Leaving Certificate Examination (including Day School Certificate (Higher) General paper), 1932
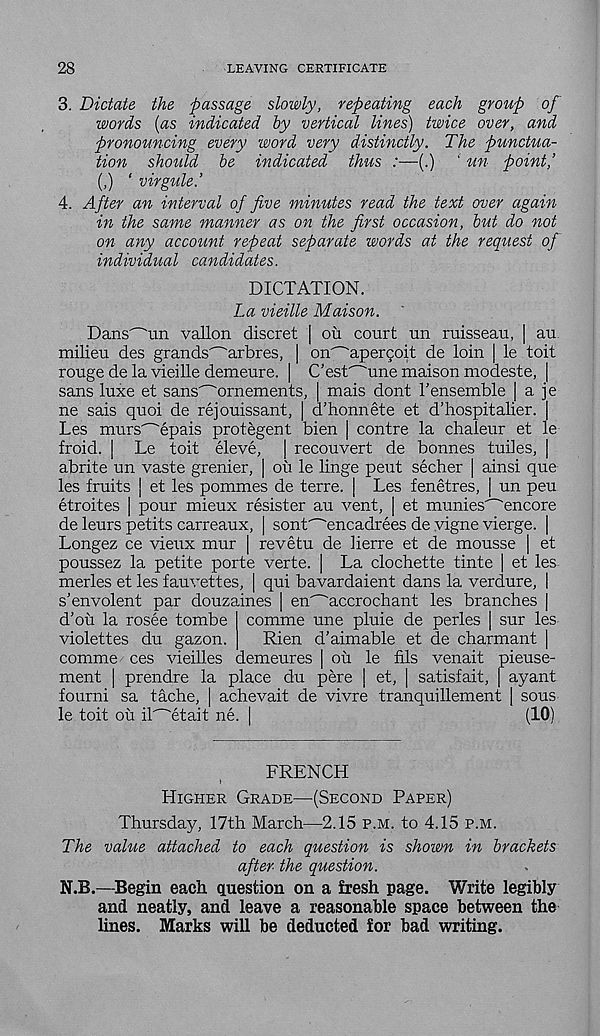
28
LEAVING CERTIFICATE
3. Dictate the passage slowly, repeating each group of
words (as indicated by vertical lines) twice over, and
pronouncing every word very distinctly.
The punctua-
tion
should
be
indicated
thus :—(.) ' un point,’
(,) ‘ virgule.’
4. After an interval of five minutes read the text over again
in the same manner as on the first occasion, but do not
on any account repeat separate words at the request of
individual candidates.
DICTATION.
La vieille Maison.
Dans^un vallon discret | ou court un ruisseau, | au
milieu des grands^arbres, | on^ape^oit de loin | le toil
rouge de la vieille demeure. | Cest'~'une maison modeste, |
sans luxe et sans'~'ornements, | mais dont I’ensemble | a je
ne sais quoi de rejouissant, | d’honnete et d’hospitalier. |
Les murs^epais protegent bien | contre la chaleur et le
froid. | Le toit eleve, | recouvert de bonnes tuiles, |
abrite un vaste grenier, | oil le linge pent secher | ainsi que
les fruits | et les pommes de terre. | Les fenetres, | un peu
etroites | pour mieux resister au vent, [ et munies'~'encore
de leurs petits carreaux, | sont'~'encadrees de vigne vierge. |
Longez ce vieux mur | revetu de lierre et de mousse | et
poussez la petite porte verte. | La clochette tinte | et les
merles et les fauvettes, | qui bavardaient dans la verdure, |
s’envolent par douzaines | en'^'accrochant les branches |
d’ou la rosee tombe comme une pluie de perles [ sur les
violettes du gazon.
Rien d’aimable et de charmant |
comme ces vieilles demeures | oil le fils venait pieuse-
ment | prendre la place du pere | et, | satisfa.it, | ayant
fourni sa tache, | achevait de vivre tranquillement j sous
le toit oil iT^etait ne. |
(10)
FRENCH
HIGHER GRADE—(SECOND PAPER)
Thursday, 17th March—2.15 P.M. to 4.15 P.M.
The value attached to each question is shown in brackets
after the question.
N.B.—Begin each question on a fresh page. Write legibly
and neatly, and leave a reasonable space between the
lines. Marks will be deducted for bad writing.